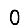
Digit: 0